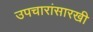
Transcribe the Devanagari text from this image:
उपचारांसारखी